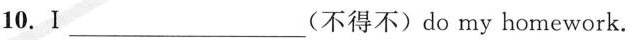
10.I___(不得不)do my homework.